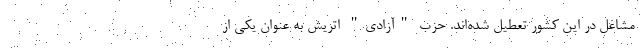
مشاغل در این کشور تعطیل شده‌اند. حزب "آزادی" اتریش به عنوان یکی از